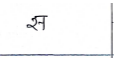
मजकूर: स